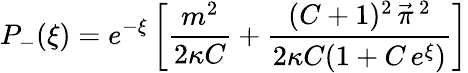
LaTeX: P_{-}(\xi)=e^{-\xi}\left[\frac{m^{2}}{2\kappa C}+\frac{(C+1)^{2}\, \vec{\pi}\, {}^{2}}{2\kappa C(1+C\, e^{\xi})}\right]